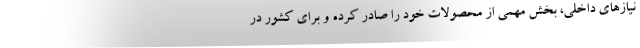
نیازهای داخلی، بخش مهمی از محصولات خود را صادر کرده و برای کشور در